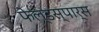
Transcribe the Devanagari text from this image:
फेल्डस्पार्स